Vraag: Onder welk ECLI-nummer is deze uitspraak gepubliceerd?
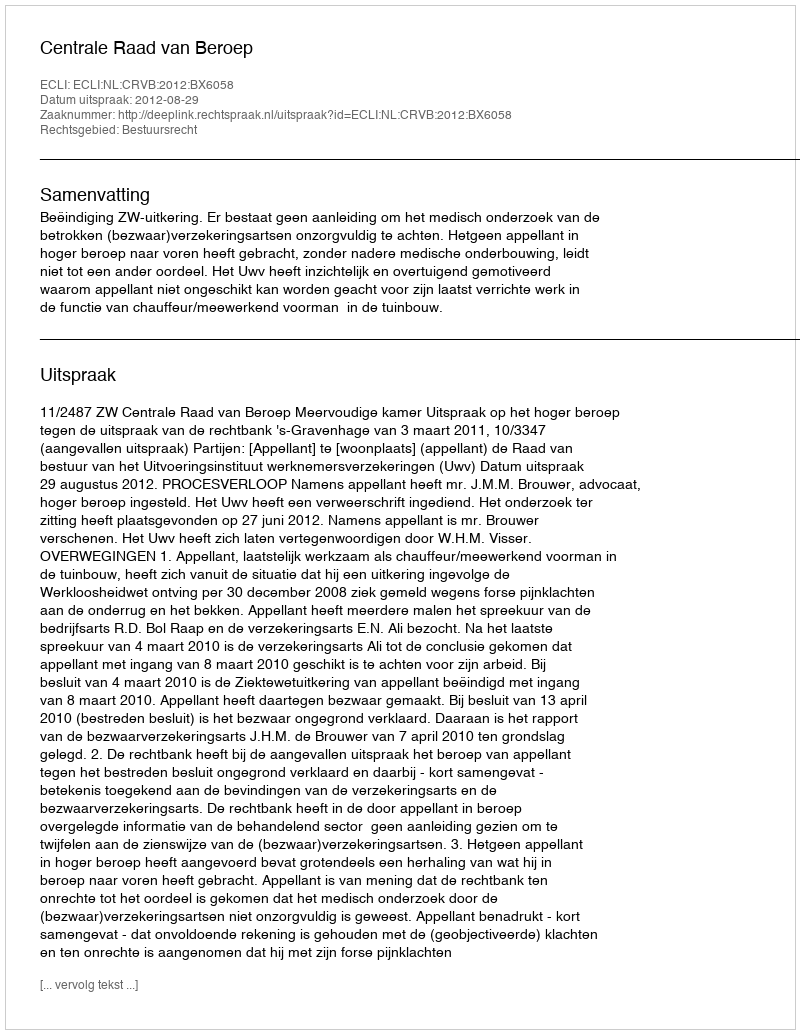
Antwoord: ECLI:NL:CRVB:2012:BX6058